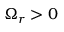
\Omega _ { r } > 0